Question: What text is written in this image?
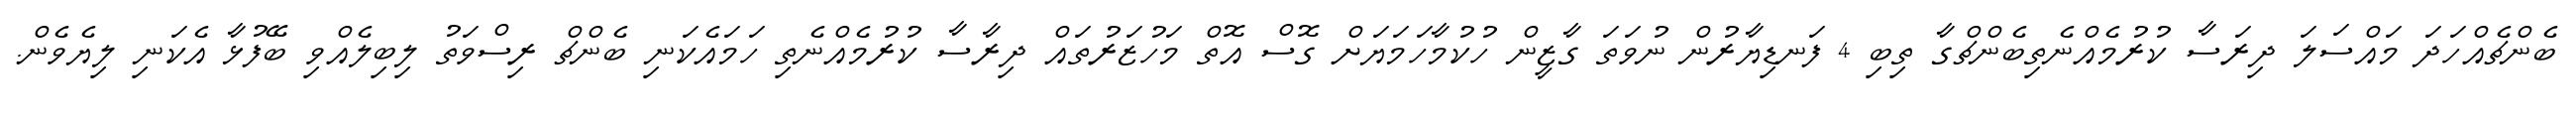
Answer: ބެންޗެއްހަދަ މައްސަލަ ދިރަސާ ކުރުމެއްނެތިބެންޗްގާ ތިބި 4 ފަނޑިޔާރުން ނުވަތަ ގާޒީން ހުކުމާހަމަޔަށް ގޮސް އޮތް މަހުޒަރުތައް ދިރާސާ ކުރުމެއްނެތި ހަމައެކަނި ބެންޗް ރިސްވަތު ލިބިލެއްވި ބޭފުޅާ އެކަނި ލިޔެވެން.